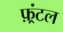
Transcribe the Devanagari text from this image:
फ़्रंटल